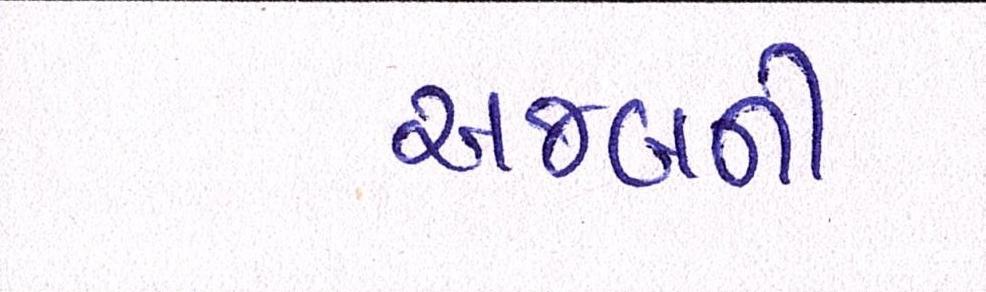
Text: અબજની